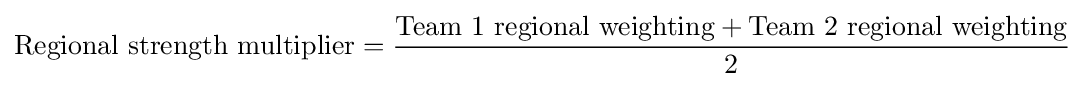
{\text{Regional strength multiplier}}={\frac {{\text{Team 1 regional weighting}}+{\text{Team 2 regional weighting}}}{2}}